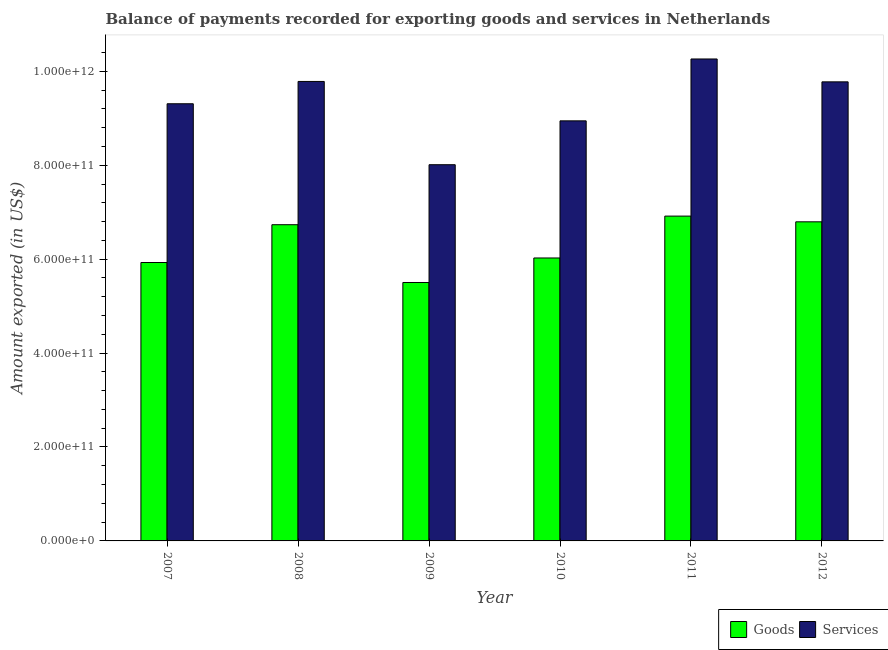
| Year | Goods | Services |
 | --- | --- | --- |
 | 2007 | 5.93e+11 | 9.31e+11 |
 | 2008 | 6.73e+11 | 9.78e+11 |
 | 2009 | 5.5e+11 | 8.01e+11 |
 | 2010 | 6.03e+11 | 8.95e+11 |
 | 2011 | 6.92e+11 | 1.03e+12 |
 | 2012 | 6.79e+11 | 9.78e+11 |